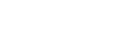
မော်လမြိုင်မြို့မှ